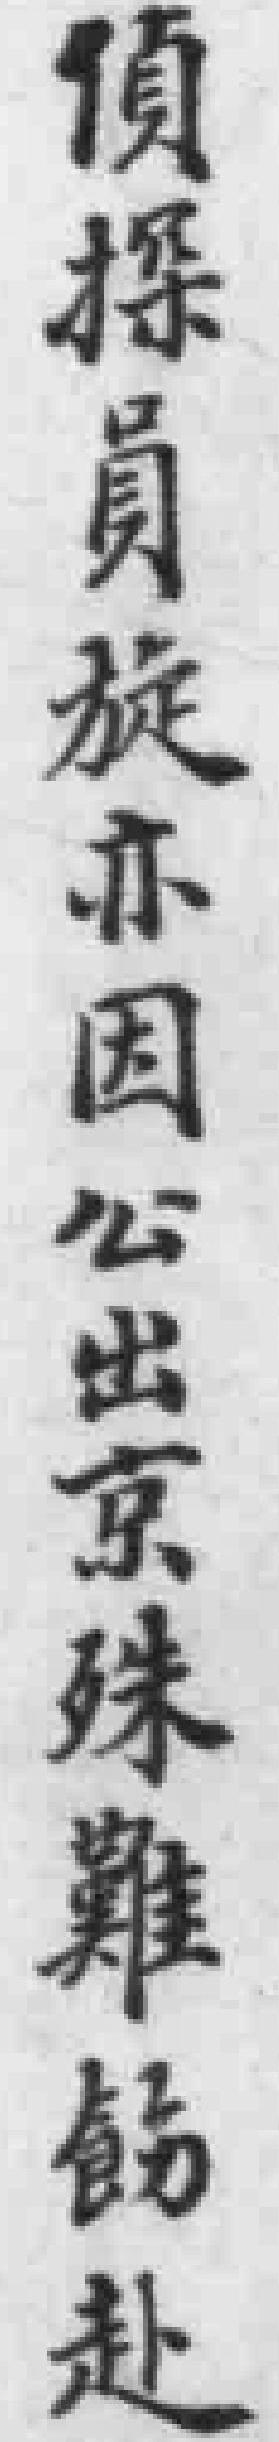
偵探員旋亦因公出京殊難飭赴